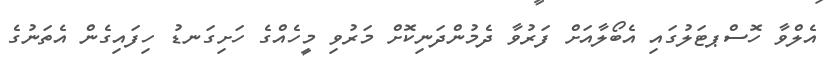
އެލްވާ ހޮސްޕޓަލުގައި އެބޯލާއަށް ފަރުވާ ދެމުންދަނިކޮށް މަރުވި މީހެއްގެ ހަށިގަނޑު ހިފައިގެން އެތަނުގެ